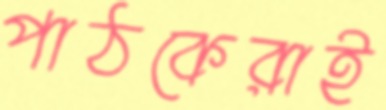
পাঠকেরাই